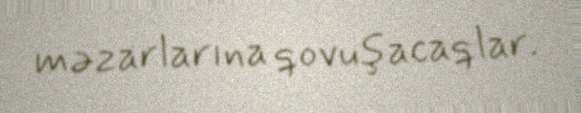
məzarlarına qovuşacaqlar.